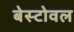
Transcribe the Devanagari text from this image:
बेस्टोवल